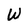
Character: W